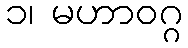
၁၊ မဟာဝဂ္ဂ